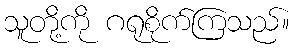
သူတို့ကို ဂရုစိုက်ကြသည်။